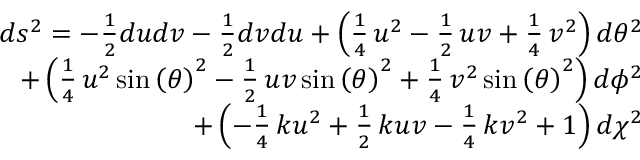
\begin{array} { r } { d s ^ { 2 } = - \frac { 1 } { 2 } d u d v - \frac { 1 } { 2 } d v d u + \left( \frac { 1 } { 4 } \, u ^ { 2 } - \frac { 1 } { 2 } \, u v + \frac { 1 } { 4 } \, v ^ { 2 } \right) d \theta ^ { 2 } } \\ { + \left( \frac { 1 } { 4 } \, u ^ { 2 } \sin \left( { \theta } \right) ^ { 2 } - \frac { 1 } { 2 } \, u v \sin \left( { \theta } \right) ^ { 2 } + \frac { 1 } { 4 } \, v ^ { 2 } \sin \left( { \theta } \right) ^ { 2 } \right) d \phi ^ { 2 } } \\ { + \left( - \frac { 1 } { 4 } \, k u ^ { 2 } + \frac { 1 } { 2 } \, k u v - \frac { 1 } { 4 } \, k v ^ { 2 } + 1 \right) d \chi ^ { 2 } } \end{array}